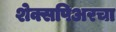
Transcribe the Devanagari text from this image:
शेक्सपिअरचा